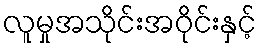
လူမှုအသိုင်းအဝိုင်းနှင့်